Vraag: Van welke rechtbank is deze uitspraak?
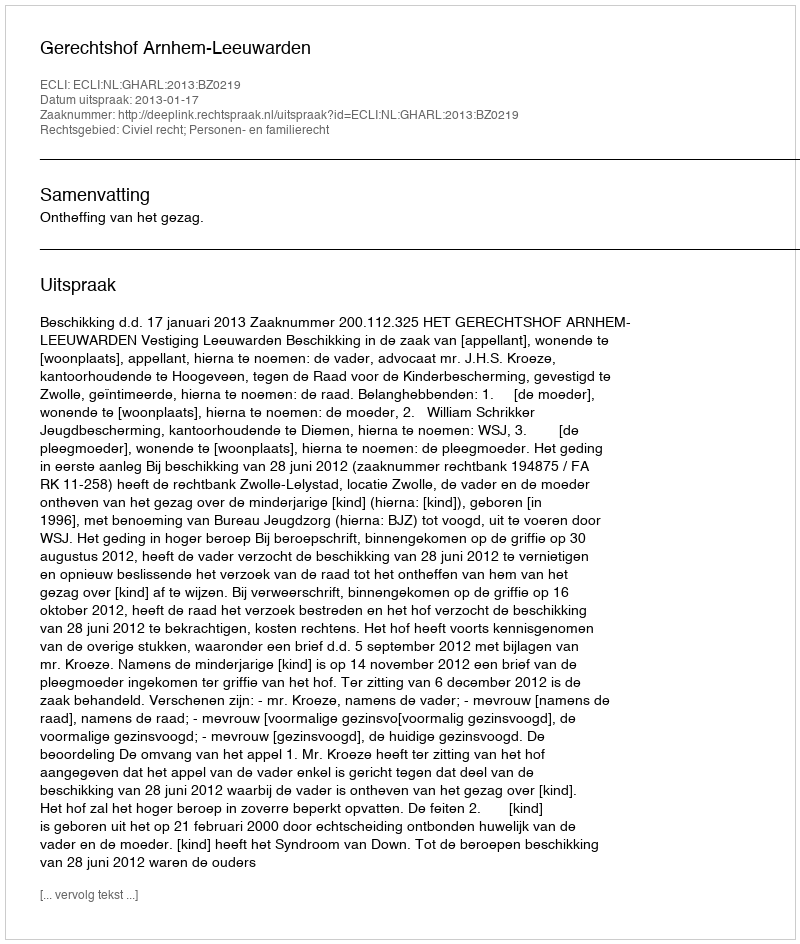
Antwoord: Gerechtshof Arnhem-Leeuwarden